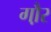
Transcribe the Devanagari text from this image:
गौ़र